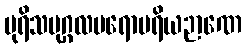
ပုရိသပုဂ္ဂလပရောပရိယဉာဏေ